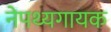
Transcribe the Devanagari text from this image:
नेपथ्यगायक